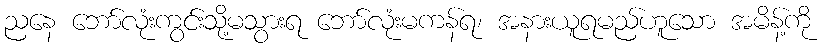
ညနေ ဘော်လုံးကွင်းသို့မသွားရ ဘော်လုံးမကန်ရ၊ အနားယူရမည်ဟူသော အမိန့်ကို